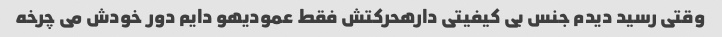
وقتی رسید دیدم جنس بی کیفیتی دارهحرکتش فقط عمودیهو دایم دور خودش می چرخه